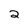
Character: 2